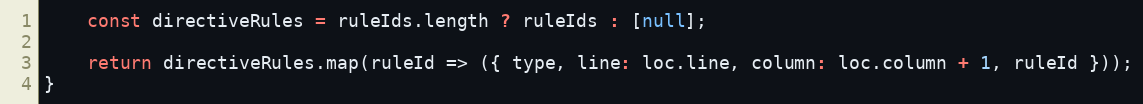
Language: JavaScript
    const directiveRules = ruleIds.length ? ruleIds : [null];

    return directiveRules.map(ruleId => ({ type, line: loc.line, column: loc.column + 1, ruleId }));
}